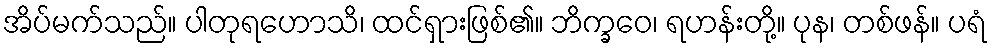
အိပ်မက်သည်။ ပါတုရဟောသိ၊ ထင်ရှားဖြစ်၏။ ဘိက္ခဝေ၊ ရဟန်းတို့။ ပုန၊ တစ်ဖန်။ ပရံ